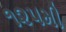
૧૨૫મી